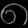
Digit: ၈